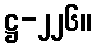
ဋ္ဌ-၂၂၆။